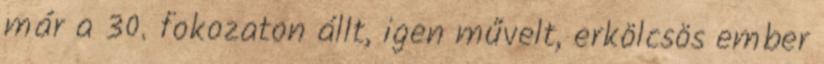
már a 30. fokozaton állt, igen művelt, erkölcsös ember